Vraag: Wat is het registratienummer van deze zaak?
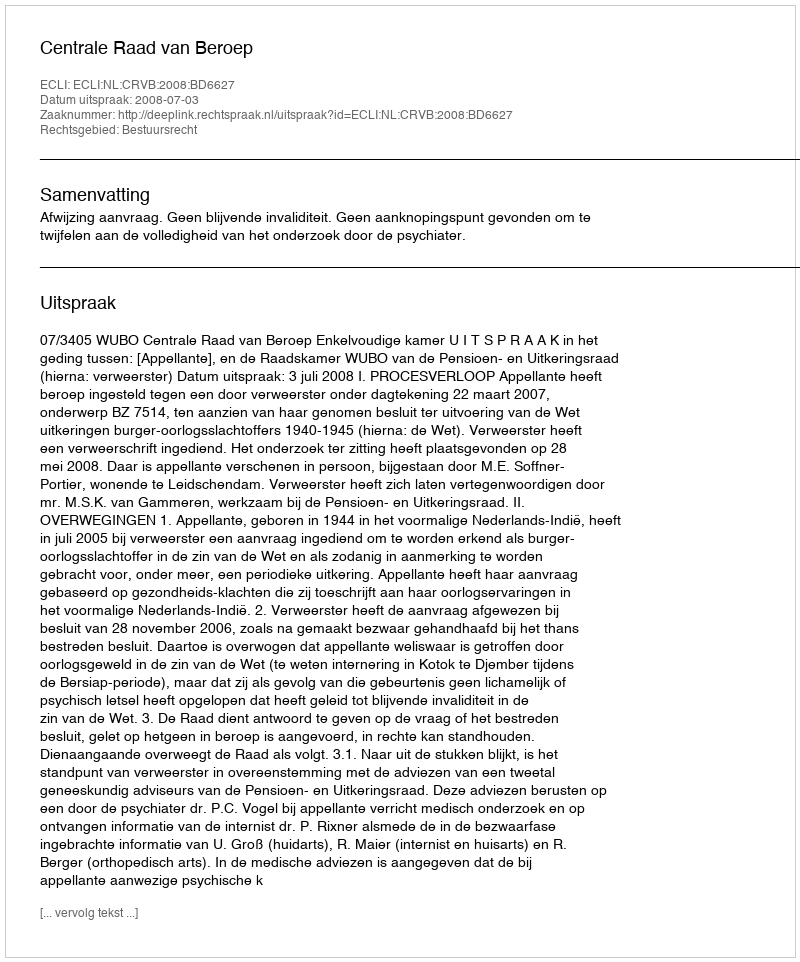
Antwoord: http://deeplink.rechtspraak.nl/uitspraak?id=ECLI:NL:CRVB:2008:BD6627